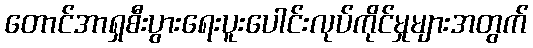
တောင်အာရှစီးပွားရေးပူးပေါင်းလုပ်ကိုင်မှုများအတွက်